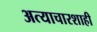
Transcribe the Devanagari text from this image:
अत्याचारशाही